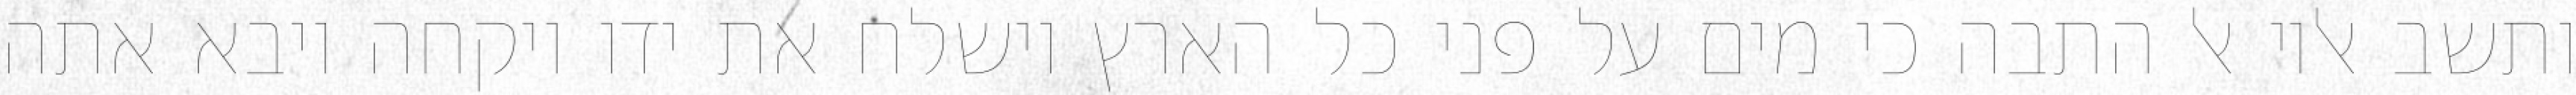
ותשב אליו אל התבה כי מים על פני כל הארץ וישלח את ידו ויקחה ויבא אתה